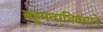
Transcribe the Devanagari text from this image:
बहुमताधिक्याने